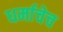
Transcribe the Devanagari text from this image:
धर्माचेच